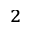
^ 2